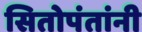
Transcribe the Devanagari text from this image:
सितोपंतांनी